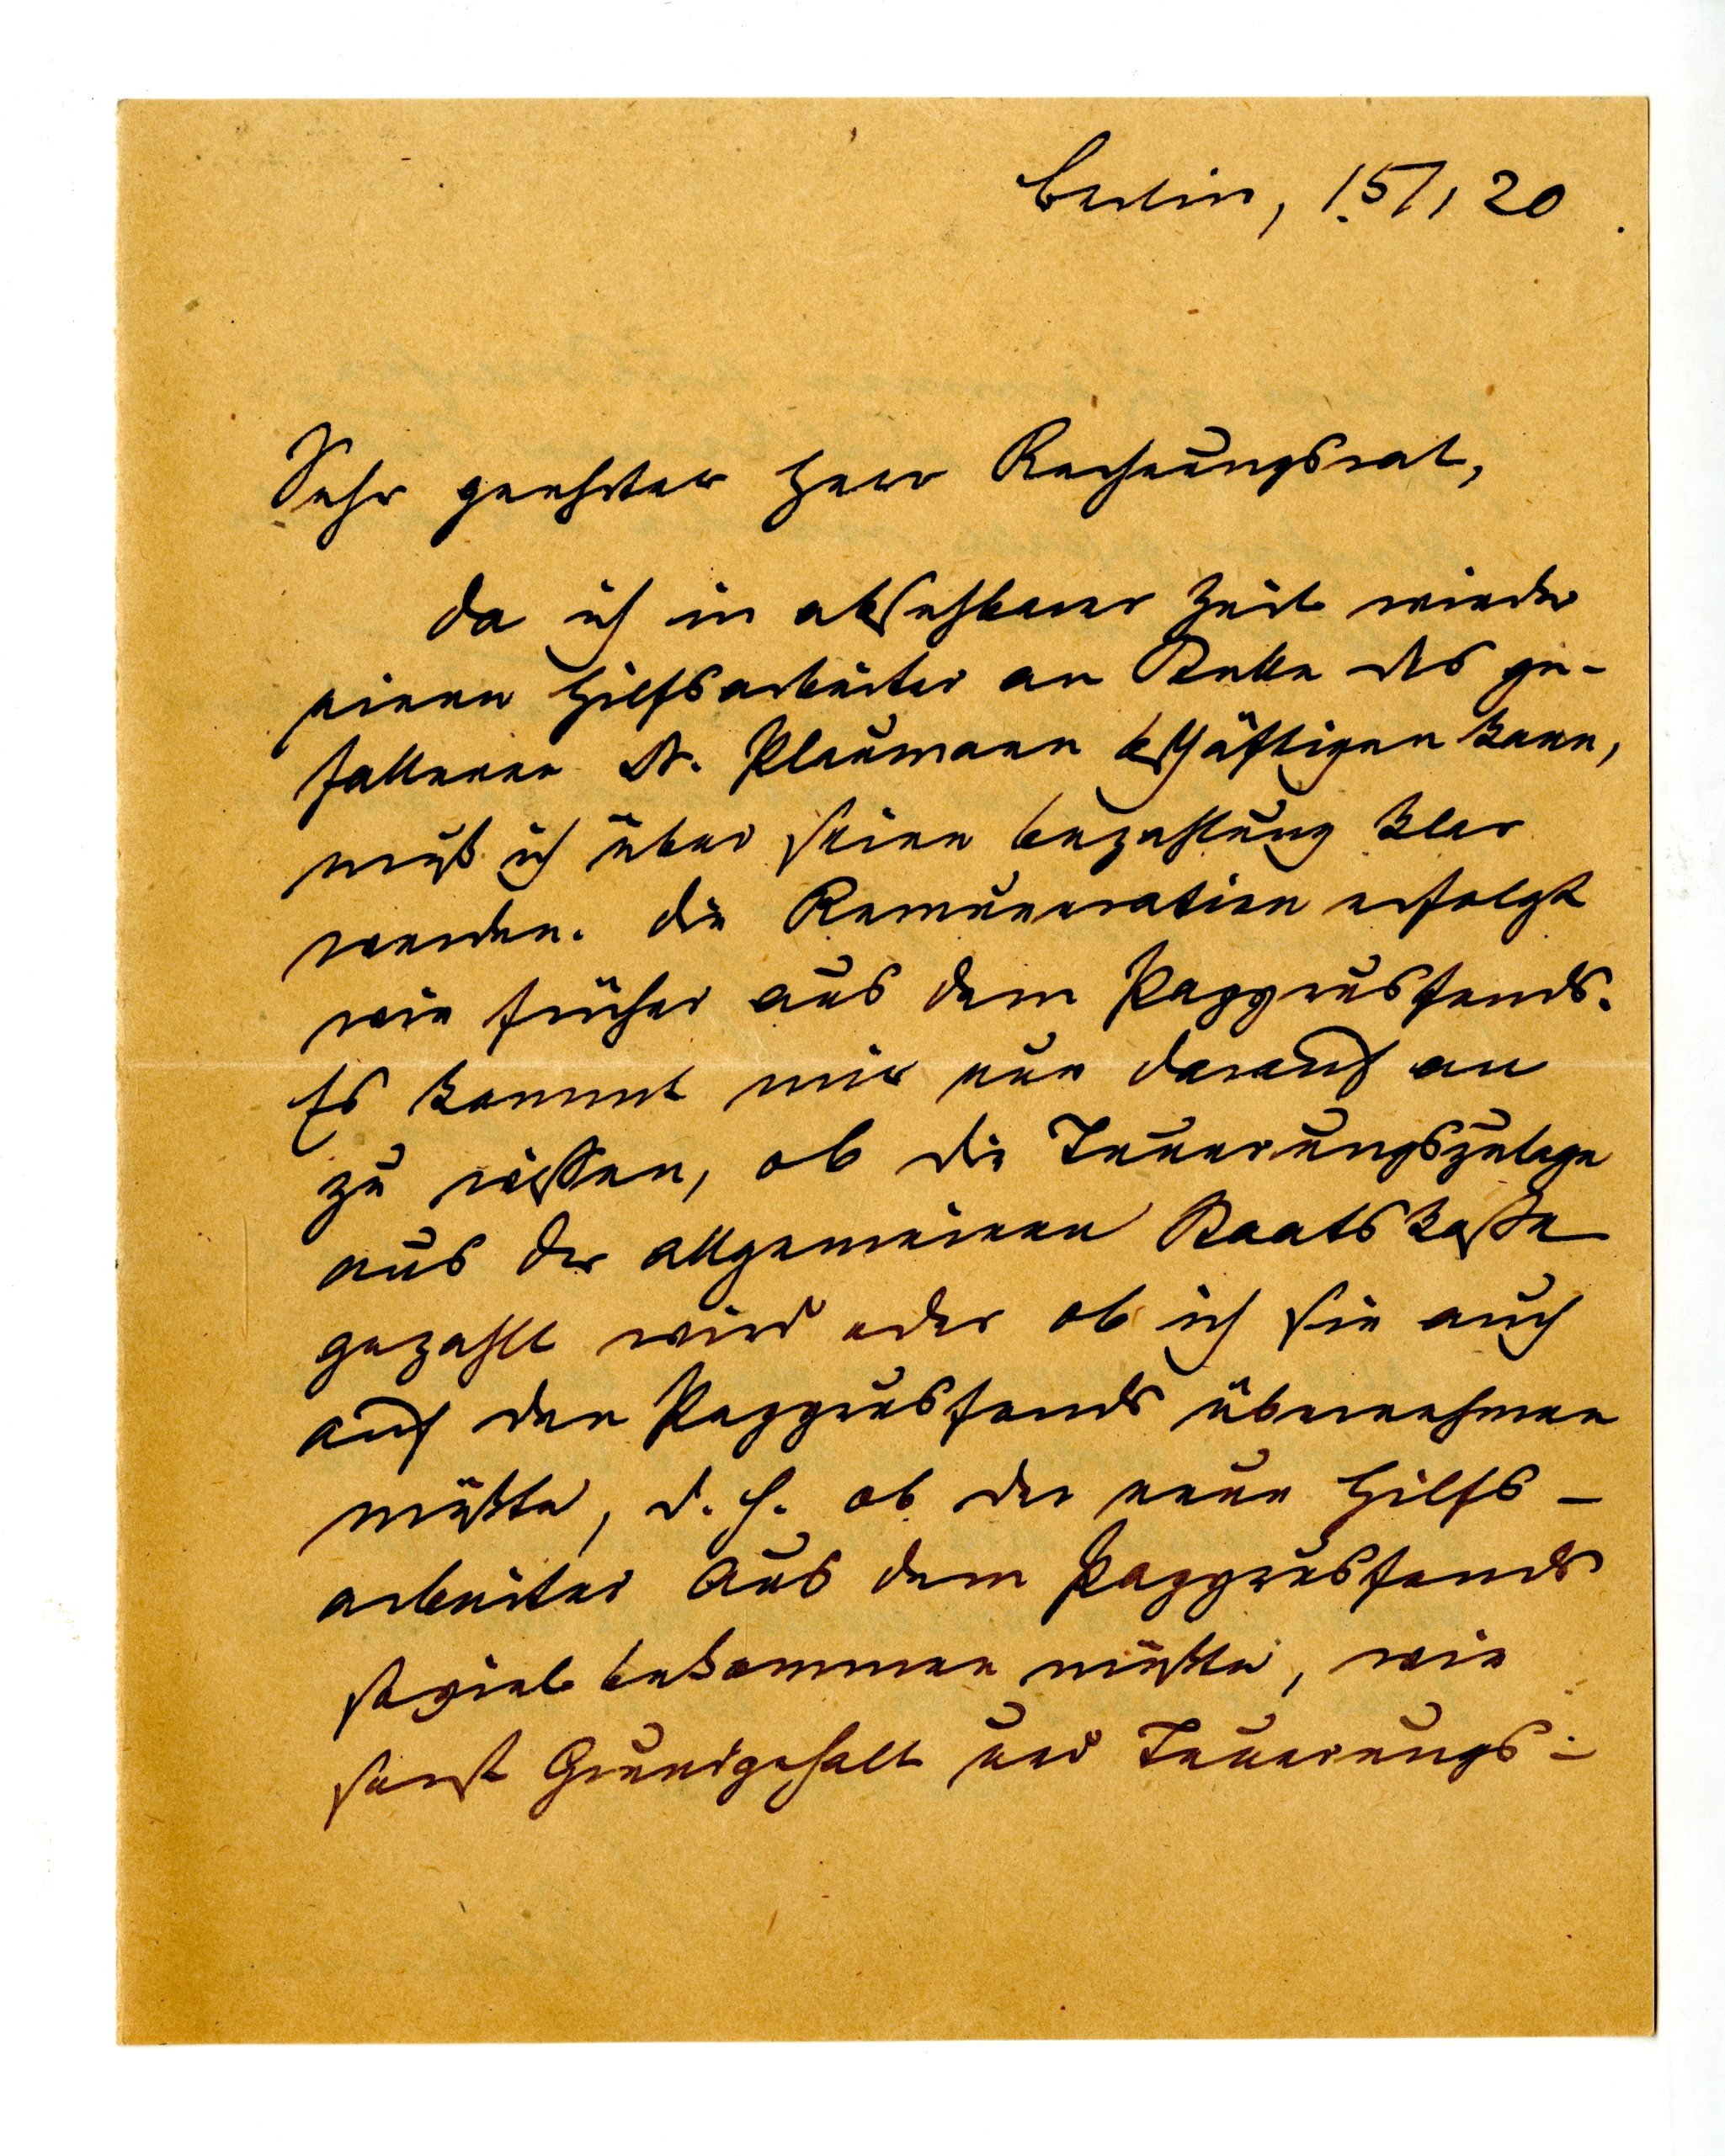
Berlin 151120:
Sehr geehrter Herr Rechnungsrat,
da ich in absehberer Zeit wieder
einen Hilfsarbeiter an Stülle des ge¬
fallener Dr. Pleumann bshäftigen kann,
muß ich über seien bezahlung kler
werden. Die Remuneration erfolgt
wie früher aus dem Papyrusfends¬
Es kommt mir nur darauf an
zu wissen, ob die Leuerungszulige
aus der Allgemeinen Staatskason
gezahlt wird oder ob ich sie auch
auf den Papyrusfonds übernehmen
mußte d.h. ob der neue Hilfs¬
arbeiter Aus dem Papyrusfonds
soviel bekommen müßte wie
sonst Grundgehalt und Fenerungs¬